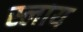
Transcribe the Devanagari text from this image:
स्लाय